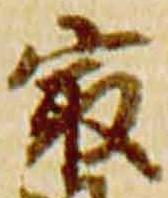
最